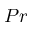
{ P r }